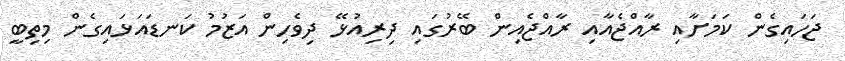
ޖަހައިގެން ކަމަށާއި ރާއްޖެއާއި ރާއްޖެއިން ބޭރުގައި ދިރިއުޅޭ ދިވެހިން އަޒުމު ކަނޑައަޅައިގެން މިތިބީ